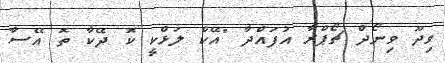
ވިދޫ ވިނޯދް ޗޯޕްރާ އުފައްދާ "އޭކް ލަޅްކީ ކޮ ދޭކާ ތޮ އޭސާ